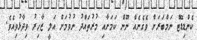
ކެންޑިޑޭޓް ނަމްބަރަށް ވެގެނެއް ނޫން ކަމަށާއި މުރުތައްދު ނުވުމަށް އަލީ ޒާހިރު ވިދާޅުވިއެވެ.